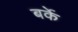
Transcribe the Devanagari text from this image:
बर्के